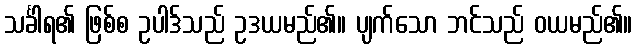
သင်္ခါရ၏ ဖြစ်စ ဥပါဒ်သည် ဥဒယမည်၏။ ပျက်သော ဘင်သည် ဝယမည်၏။